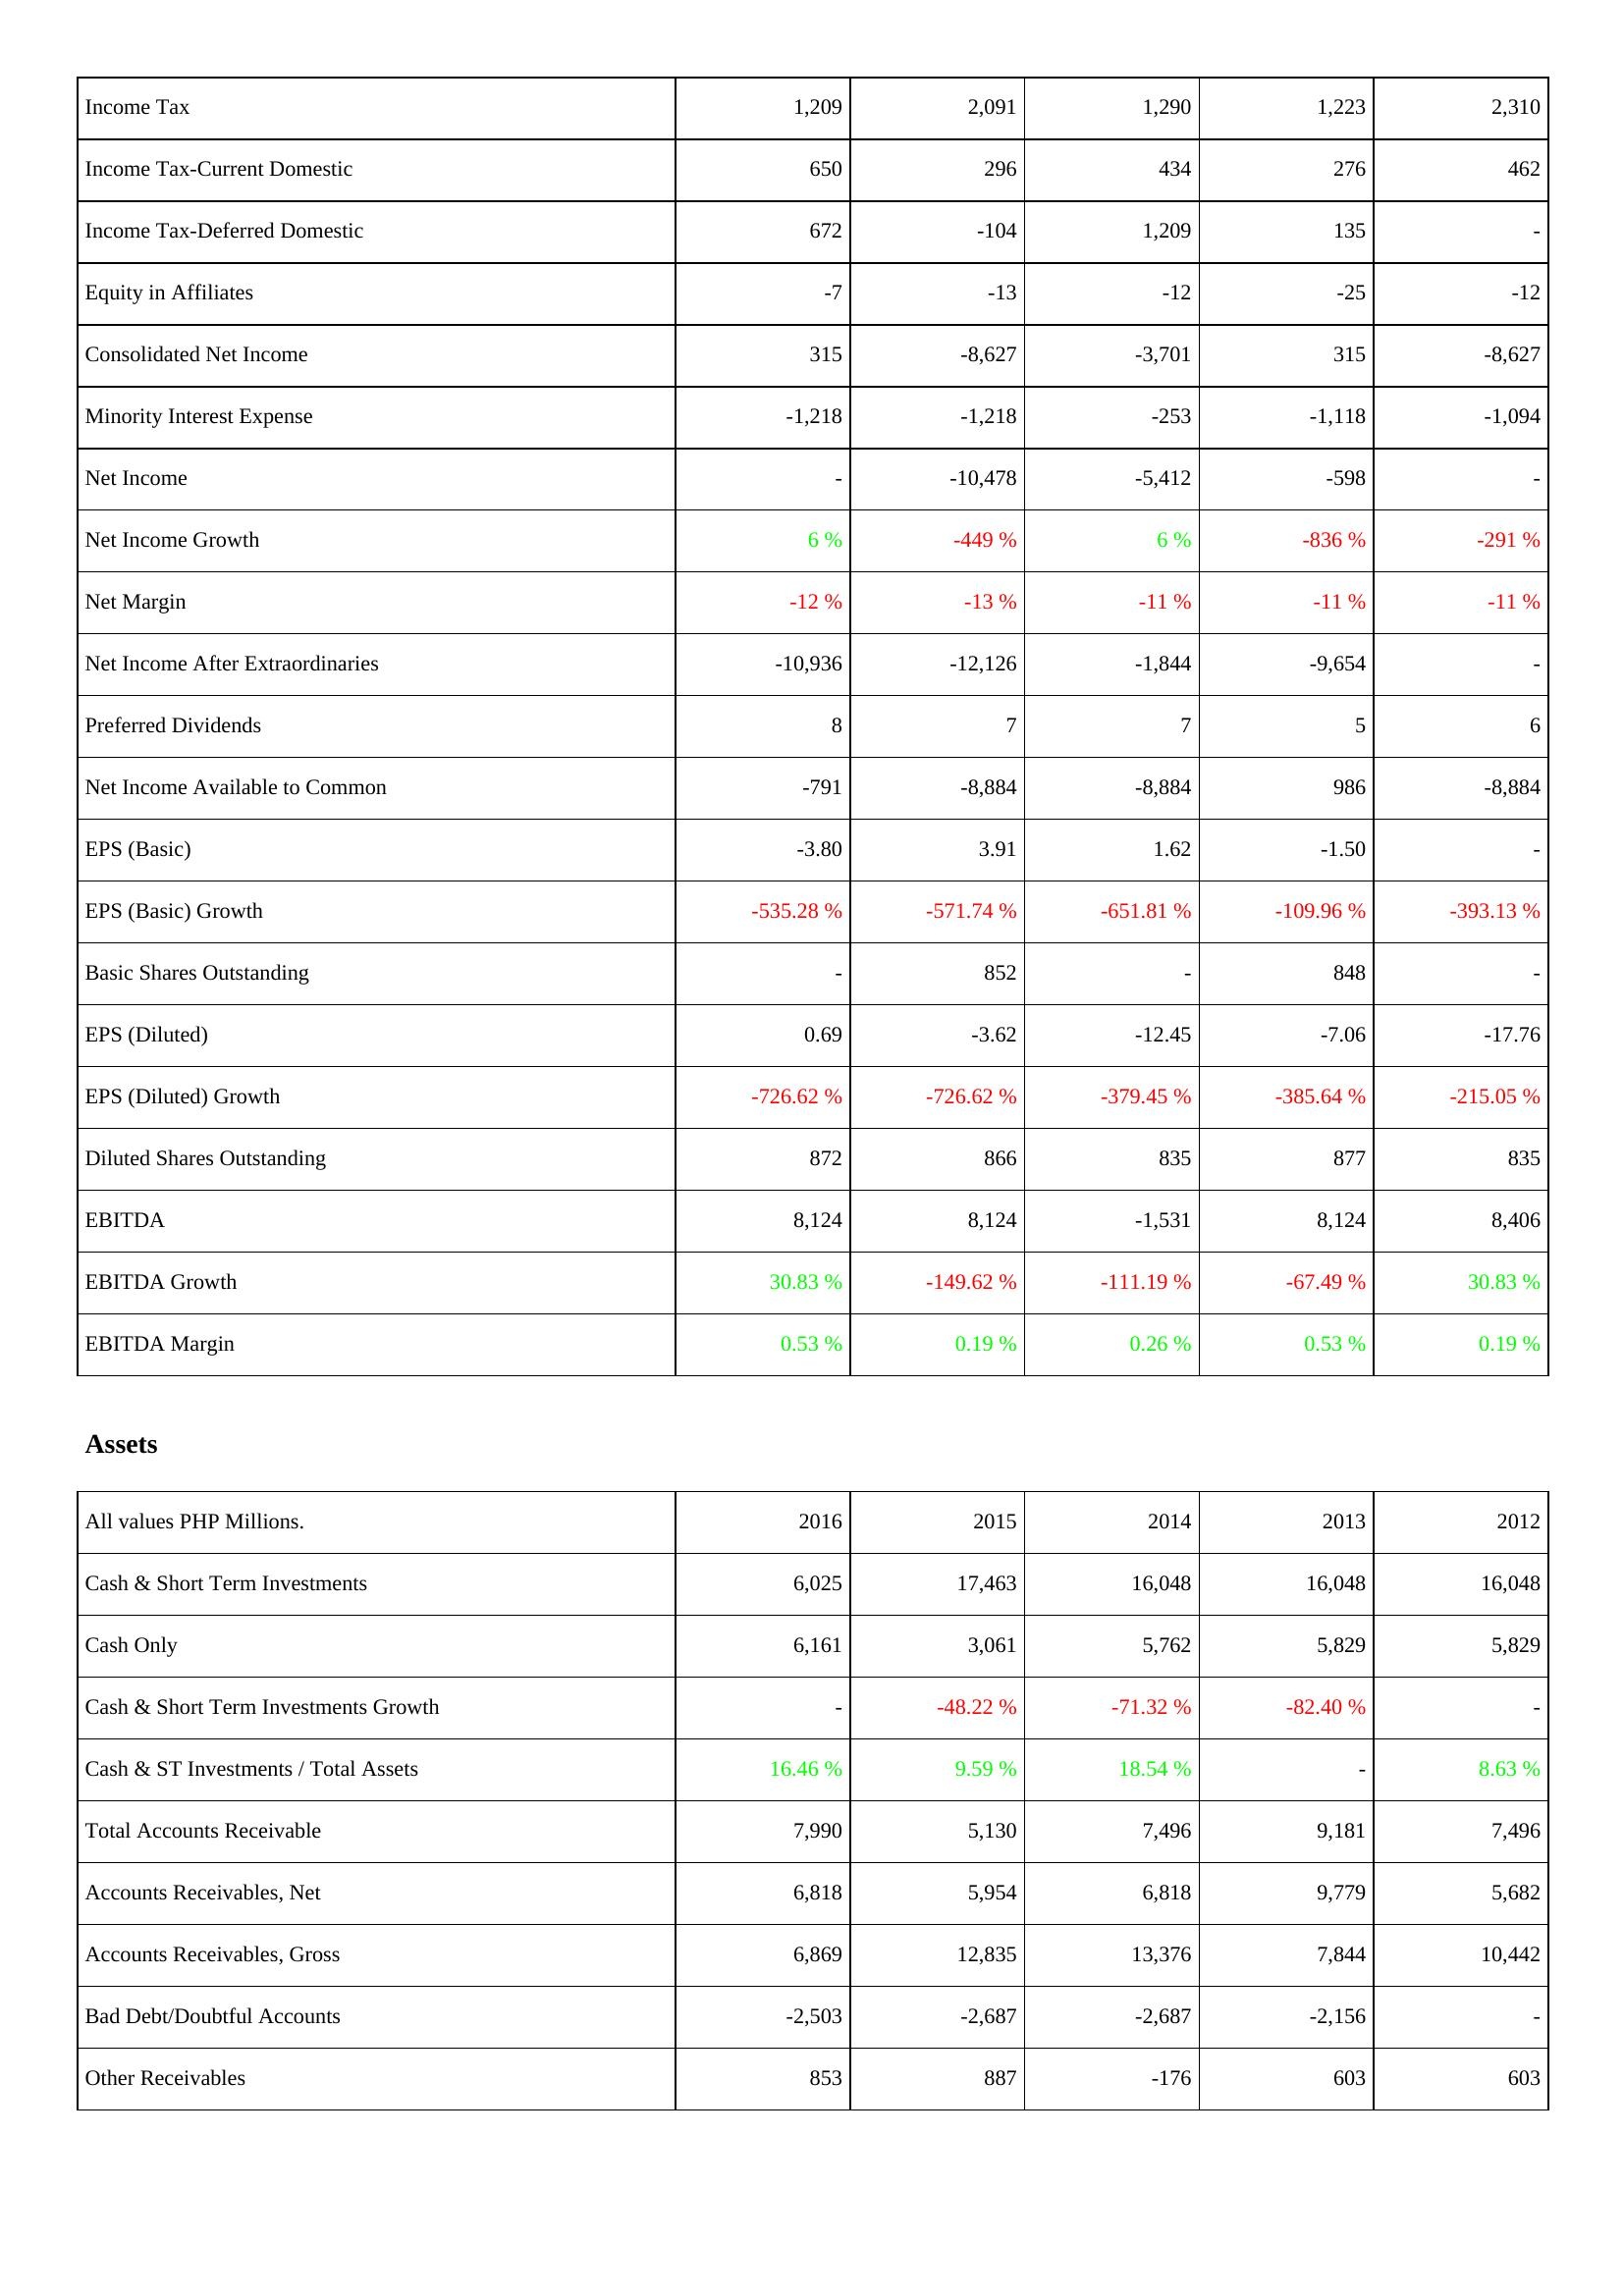
2016: Income Statement: Income Tax: 1,209
Income Tax-Current Domestic: 650
Income Tax-Deferred Domestic: 672
Equity in Affiliates: -7
Consolidated Net Income: 315
Minority Interest Expense: -1,218
Net Income: -
Net Income Growth: 6 %
Net Margin: -12 %
Net Income After Extraordinaries: -10,936
Preferred Dividends: 8
Net Income Available to Common: -791
EPS (Basic): -3.80
EPS (Basic) Growth: -535.28 %
Basic Shares Outstanding: -
EPS (Diluted): 0.69
EPS (Diluted) Growth: -726.62 %
Diluted Shares Outstanding: 872
EBITDA: 8,124
EBITDA Growth: 30.83 %
EBITDA Margin: 0.53 %
Assets: Cash & Short Term Investments: 6,025
Cash Only: 6,161
Cash & Short Term Investments Growth: -
Cash & ST Investments / Total Assets: 16.46 %
Total Accounts Receivable: 7,990
Accounts Receivables, Net: 6,818
Accounts Receivables, Gross: 6,869
Bad Debt/Doubtful Accounts: -2,503
Other Receivables: 853
2015: Income Statement: Income Tax: 2,091
Income Tax-Current Domestic: 296
Income Tax-Deferred Domestic: -104
Equity in Affiliates: -13
Consolidated Net Income: -8,627
Minority Interest Expense: -1,218
Net Income: -10,478
Net Income Growth: -449 %
Net Margin: -13 %
Net Income After Extraordinaries: -12,126
Preferred Dividends: 7
Net Income Available to Common: -8,884
EPS (Basic): 3.91
EPS (Basic) Growth: -571.74 %
Basic Shares Outstanding: 852
EPS (Diluted): -3.62
EPS (Diluted) Growth: -726.62 %
Diluted Shares Outstanding: 866
EBITDA: 8,124
EBITDA Growth: -149.62 %
EBITDA Margin: 0.19 %
Assets: Cash & Short Term Investments: 17,463
Cash Only: 3,061
Cash & Short Term Investments Growth: -48.22 %
Cash & ST Investments / Total Assets: 9.59 %
Total Accounts Receivable: 5,130
Accounts Receivables, Net: 5,954
Accounts Receivables, Gross: 12,835
Bad Debt/Doubtful Accounts: -2,687
Other Receivables: 887
2014: Income Statement: Income Tax: 1,290
Income Tax-Current Domestic: 434
Income Tax-Deferred Domestic: 1,209
Equity in Affiliates: -12
Consolidated Net Income: -3,701
Minority Interest Expense: -253
Net Income: -5,412
Net Income Growth: 6 %
Net Margin: -11 %
Net Income After Extraordinaries: -1,844
Preferred Dividends: 7
Net Income Available to Common: -8,884
EPS (Basic): 1.62
EPS (Basic) Growth: -651.81 %
Basic Shares Outstanding: -
EPS (Diluted): -12.45
EPS (Diluted) Growth: -379.45 %
Diluted Shares Outstanding: 835
EBITDA: -1,531
EBITDA Growth: -111.19 %
EBITDA Margin: 0.26 %
Assets: Cash & Short Term Investments: 16,048
Cash Only: 5,762
Cash & Short Term Investments Growth: -71.32 %
Cash & ST Investments / Total Assets: 18.54 %
Total Accounts Receivable: 7,496
Accounts Receivables, Net: 6,818
Accounts Receivables, Gross: 13,376
Bad Debt/Doubtful Accounts: -2,687
Other Receivables: -176
2013: Income Statement: Income Tax: 1,223
Income Tax-Current Domestic: 276
Income Tax-Deferred Domestic: 135
Equity in Affiliates: -25
Consolidated Net Income: 315
Minority Interest Expense: -1,118
Net Income: -598
Net Income Growth: -836 %
Net Margin: -11 %
Net Income After Extraordinaries: -9,654
Preferred Dividends: 5
Net Income Available to Common: 986
EPS (Basic): -1.50
EPS (Basic) Growth: -109.96 %
Basic Shares Outstanding: 848
EPS (Diluted): -7.06
EPS (Diluted) Growth: -385.64 %
Diluted Shares Outstanding: 877
EBITDA: 8,124
EBITDA Growth: -67.49 %
EBITDA Margin: 0.53 %
Assets: Cash & Short Term Investments: 16,048
Cash Only: 5,829
Cash & Short Term Investments Growth: -82.40 %
Cash & ST Investments / Total Assets: -
Total Accounts Receivable: 9,181
Accounts Receivables, Net: 9,779
Accounts Receivables, Gross: 7,844
Bad Debt/Doubtful Accounts: -2,156
Other Receivables: 603
2012: Income Statement: Income Tax: 2,310
Income Tax-Current Domestic: 462
Income Tax-Deferred Domestic: -
Equity in Affiliates: -12
Consolidated Net Income: -8,627
Minority Interest Expense: -1,094
Net Income: -
Net Income Growth: -291 %
Net Margin: -11 %
Net Income After Extraordinaries: -
Preferred Dividends: 6
Net Income Available to Common: -8,884
EPS (Basic): -
EPS (Basic) Growth: -393.13 %
Basic Shares Outstanding: -
EPS (Diluted): -17.76
EPS (Diluted) Growth: -215.05 %
Diluted Shares Outstanding: 835
EBITDA: 8,406
EBITDA Growth: 30.83 %
EBITDA Margin: 0.19 %
Assets: Cash & Short Term Investments: 16,048
Cash Only: 5,829
Cash & Short Term Investments Growth: -
Cash & ST Investments / Total Assets: 8.63 %
Total Accounts Receivable: 7,496
Accounts Receivables, Net: 5,682
Accounts Receivables, Gross: 10,442
Bad Debt/Doubtful Accounts: -
Other Receivables: 603